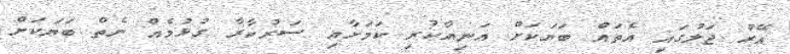
އޭރު ޖަލުގައި އެތައް ބަޔަކަށް އަނިޔާކުރި ކަމަށާއި ސަރުކާރާ ގުޅުމެއް ނެތް ބަޔަކަށް